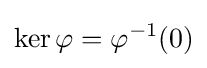
\ker \varphi =\varphi ^{-1}(0)